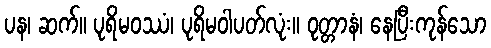
ပန၊ ဆက်။ ပုရိမဝဿံ၊ ပုရိမဝါပတ်လုံး။ ဝုတ္တာနံ၊ နေပြီးကုန်သော